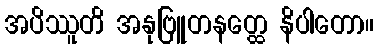
အပိဿူတိ အနုဗြူတနတ္ထေ နိပါတော။